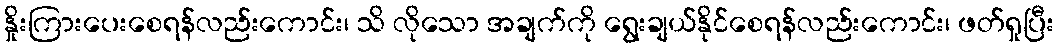
နှိုးကြားပေးစေရန်လည်းကောင်း၊ သိ လိုသော အချက်ကို ရွေးချယ်နိုင်စေရန်လည်းကောင်း၊ ဖတ်ရှုပြီး